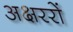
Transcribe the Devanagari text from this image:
अक्षररों